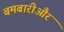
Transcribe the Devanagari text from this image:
बमबारीऔर